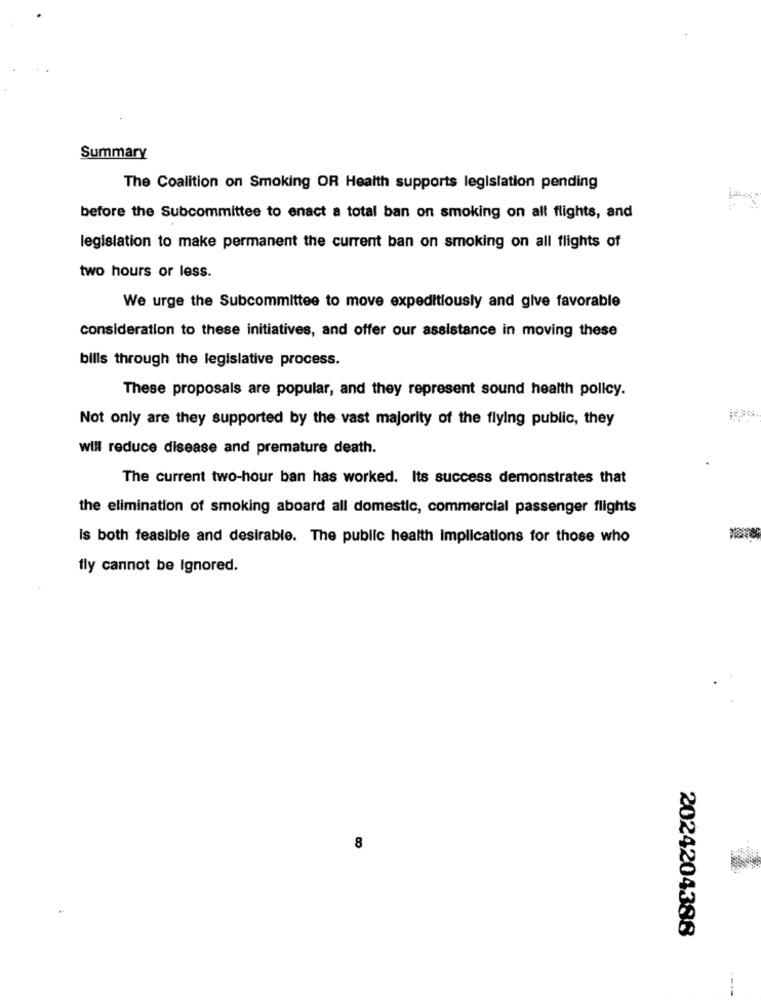
Summary
The Coalition on Smoking OR Health supports legislation pending
before the Subcommittee to enact a total ban on smoking on all flights, and
legislation to make permanent the current ban on smoking on all flights of
two hours or less.
We urge the Subcommittee to move expeditiously and give favorable
consideration to these initiatives, and offer our assistance in moving these
bills through the legislative process.
These proposals are popular, and they represent sound health policy.
Not only are they supported by the vast majority of the flying public, they
will reduce disease and premature death.
The current two-hour ban has worked. Its success demonstrates that
the elimination of smoking aboard all domestic, commercial passenger flights
Is both feasible and desirable. The public health implications for those who
fly cannot be Ignored.
8
2024204388